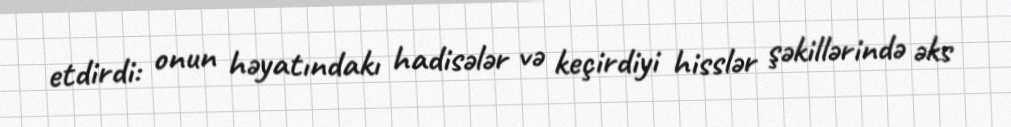
etdirdi: onun həyatındakı hadisələr və keçirdiyi hisslər şəkillərində əks